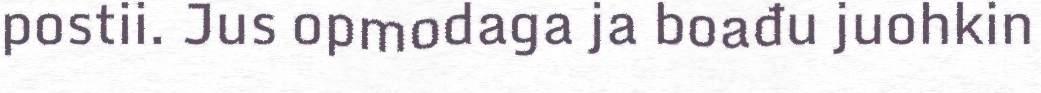
postii. Jus opmodaga ja boađu juohkin